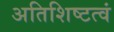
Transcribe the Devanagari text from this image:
अतिशिष्टत्वं